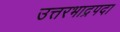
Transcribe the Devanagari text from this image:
उत्तरभाद्रपदा